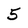
Character: 5